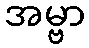
အမ္ဗာ